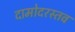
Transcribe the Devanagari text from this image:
दामोदरस्तव